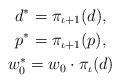
LaTeX: \begin{gather*}d^*= \pi_{\iota+1}(d),\\p^*= \pi_{\iota+1}(p),\\w_0^*=w_0\cdot \pi_\iota(d) \\\end{gather*}